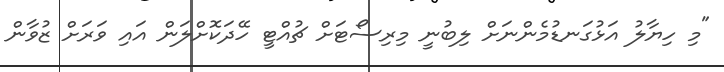
"މި ހިޔާލު އަޅުގަނޑުމެންނަށް ލިބުނީ މިރިސޯޓަށް ޗުއްޓީ ހޭދަކޮށްލަން އައި ވަރަށް ޒުވާން